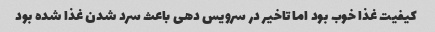
کیفیت غذا خوب بود اما تاخیر در سرویس دهی باعث سرد شدن غذا شده بود